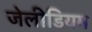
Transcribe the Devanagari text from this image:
जेलीडियम